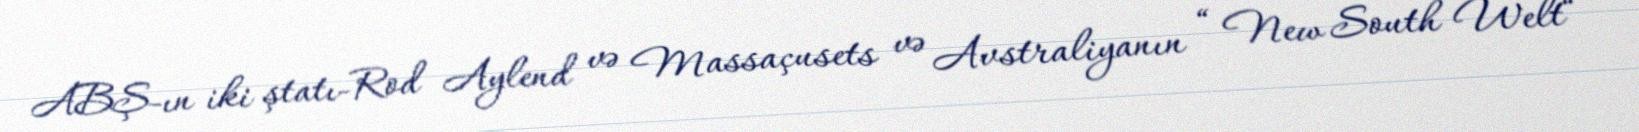
ABŞ-ın iki ştatı-Rod Aylend və Massaçusets və Avstraliyanın “ New South Welt“